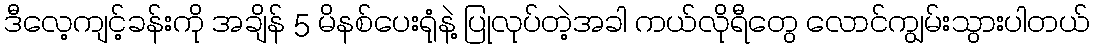
ဒီလေ့ကျင့်ခန်းကို အချိန် 5 မိနစ်ပေးရုံနဲ့ ပြုလုပ်တဲ့အခါ ကယ်လိုရီတွေ လောင်ကျွမ်းသွားပါတယ်